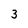
Character: 3